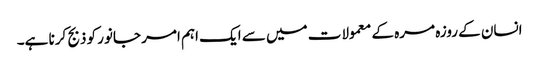
انسان کے روزہ مرہ کے معمولات میں سے ایک اہم امر جانور کو ذبج کرنا ہے۔